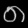
Digit: ၈